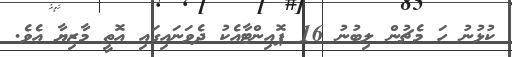
ކުޅުނު ހަ މެޗުން ލިބުނު 16 ޕޮއިންޓާއެކު ދެވަނައިގައި އޮތީ މާޒިޔާ އެވެ.